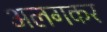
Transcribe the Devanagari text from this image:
अलगकर